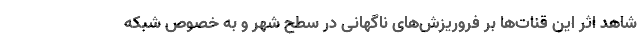
شاهد اثر این قنات‌ها بر فروریزش‌های ناگهانی در سطح شهر و به خصوص شبکه